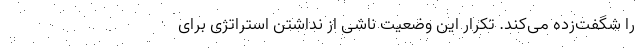
را شگفت‌زده می‌کند. تکرار این وضعیت ناشی از نداشتن استراتژی برای